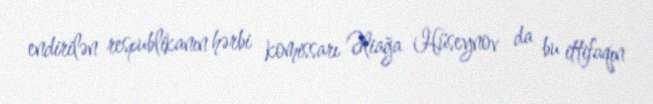
endirilən respublikanın hərbi komissarı Əliağa Hüseynov da bu ittifaqın